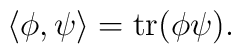
\langle\phi,\psi\rangle=\mathrm{tr}(\phi\psi).